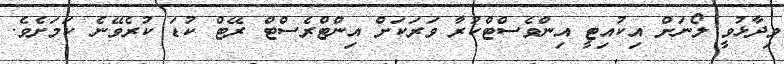
ވިދާޅުވީ ލޯނަށް އިކުއިޓީ އިންވެސްޓްކުރާ ވަރަކަށް އިންޓްރެސްޓް ރޭޓް ކުޑަ ކުރެވޭނެ ކަމަށެވެ.